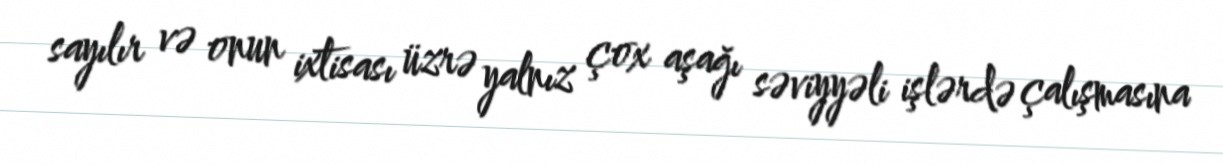
sayılır və onun ixtisası üzrə yalnız çox aşağı səviyyəli işlərdə çalışmasına